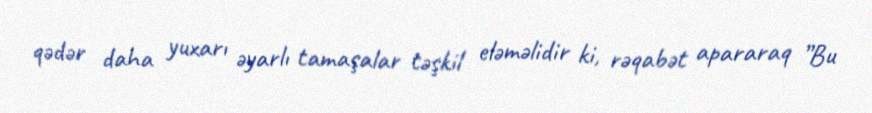
qədər daha yuxarı əyarlı tamaşalar təşkil eləməlidir ki, rəqabət apararaq ”Bu